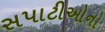
સપાટીઓનો